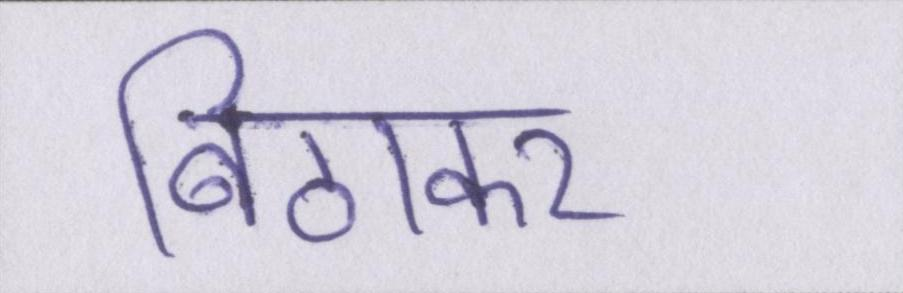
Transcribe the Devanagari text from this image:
बिठाकर